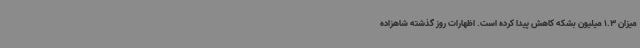
میزان 1.3 میلیون بشکه کاهش پیدا کرده است. اظهارات روز گذشته شاهزاده